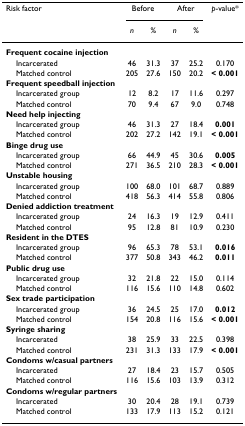
<table><thead><tr><td><b>Risk factor</b></td><td colspan="2"><b>Before</b></td><td colspan="2"><b>After</b></td><td><b><i>p</i>-value*</b></td></tr><tr><td></td><td><b><i>n</i></b></td><td><b>%</b></td><td><b><i>n</i></b></td><td><b>%</b></td><td></td></tr></thead><tbody><tr><td><b>Frequent cocaine injection</b></td><td></td><td></td><td></td><td></td><td></td></tr><tr><td> Incarcerated</td><td>46</td><td>31.3</td><td>37</td><td>25.2</td><td>0.170</td></tr><tr><td> Matched control</td><td>205</td><td>27.6</td><td>150</td><td>20.2</td><td><b>&lt; 0.001</b></td></tr><tr><td><b>Frequent speedball injection</b></td><td></td><td></td><td></td><td></td><td></td></tr><tr><td> Incarcerated group</td><td>12</td><td>8.2</td><td>17</td><td>11.6</td><td>0.297</td></tr><tr><td> Matched control</td><td>70</td><td>9.4</td><td>67</td><td>9.0</td><td>0.748</td></tr><tr><td><b>Need help injecting</b></td><td></td><td></td><td></td><td></td><td></td></tr><tr><td> Incarcerated group</td><td>46</td><td>31.3</td><td>27</td><td>18.4</td><td><b>0.001</b></td></tr><tr><td> Matched control</td><td>202</td><td>27.2</td><td>142</td><td>19.1</td><td><b>&lt; 0.001</b></td></tr><tr><td><b>Binge drug use</b></td><td></td><td></td><td></td><td></td><td></td></tr><tr><td> Incarcerated group</td><td>66</td><td>44.9</td><td>45</td><td>30.6</td><td><b>0.005</b></td></tr><tr><td> Matched control</td><td>271</td><td>36.5</td><td>210</td><td>28.3</td><td><b>&lt; 0.001</b></td></tr><tr><td><b>Unstable housing</b></td><td></td><td></td><td></td><td></td><td></td></tr><tr><td> Incarcerated group</td><td>100</td><td>68.0</td><td>101</td><td>68.7</td><td>0.889</td></tr><tr><td> Matched control</td><td>418</td><td>56.3</td><td>414</td><td>55.8</td><td>0.806</td></tr><tr><td><b>Denied addiction treatment</b></td><td></td><td></td><td></td><td></td><td></td></tr><tr><td> Incarcerated group</td><td>24</td><td>16.3</td><td>19</td><td>12.9</td><td>0.411</td></tr><tr><td> Matched control</td><td>95</td><td>12.8</td><td>81</td><td>10.9</td><td>0.230</td></tr><tr><td><b>Resident in the DTES</b></td><td></td><td></td><td></td><td></td><td></td></tr><tr><td> Incarcerated group</td><td>96</td><td>65.3</td><td>78</td><td>53.1</td><td><b>0.016</b></td></tr><tr><td> Matched control</td><td>377</td><td>50.8</td><td>343</td><td>46.2</td><td><b>0.011</b></td></tr><tr><td><b>Public drug use</b></td><td></td><td></td><td></td><td></td><td></td></tr><tr><td> Incarcerated group</td><td>32</td><td>21.8</td><td>22</td><td>15.0</td><td>0.114</td></tr><tr><td> Matched control</td><td>116</td><td>15.6</td><td>110</td><td>14.8</td><td>0.602</td></tr><tr><td><b>Sex trade participation</b></td><td></td><td></td><td></td><td></td><td></td></tr><tr><td> Incarcerated group</td><td>36</td><td>24.5</td><td>25</td><td>17.0</td><td><b>0.012</b></td></tr><tr><td> Matched control</td><td>154</td><td>20.8</td><td>116</td><td>15.6</td><td><b>&lt; 0.001</b></td></tr><tr><td><b>Syringe sharing</b></td><td></td><td></td><td></td><td></td><td></td></tr><tr><td> Incarcerated</td><td>38</td><td>25.9</td><td>33</td><td>22.5</td><td>0.398</td></tr><tr><td> Matched control</td><td>231</td><td>31.3</td><td>133</td><td>17.9</td><td><b>&lt; 0.001</b></td></tr><tr><td><b>Condoms w/casual partners</b></td><td></td><td></td><td></td><td></td><td></td></tr><tr><td> Incarcerated</td><td>27</td><td>18.4</td><td>23</td><td>15.7</td><td>0.505</td></tr><tr><td> Matched control</td><td>116</td><td>15.6</td><td>103</td><td>13.9</td><td>0.312</td></tr><tr><td><b>Condoms w/regular partners</b></td><td></td><td></td><td></td><td></td><td></td></tr><tr><td> Incarcerated</td><td>30</td><td>20.4</td><td>28</td><td>19.1</td><td>0.739</td></tr><tr><td> Matched control</td><td>133</td><td>17.9</td><td>113</td><td>15.2</td><td>0.121</td></tr></tbody></table>